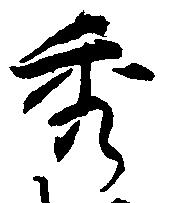
秀